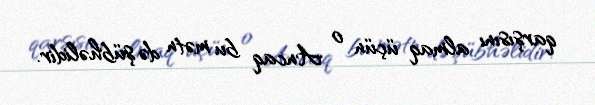
qarşısını almaq üçün o Ancaq bu mətn də şübhəlidir.